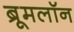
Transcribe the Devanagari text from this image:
ब्रूमलॉन